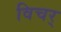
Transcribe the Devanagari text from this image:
विचर्